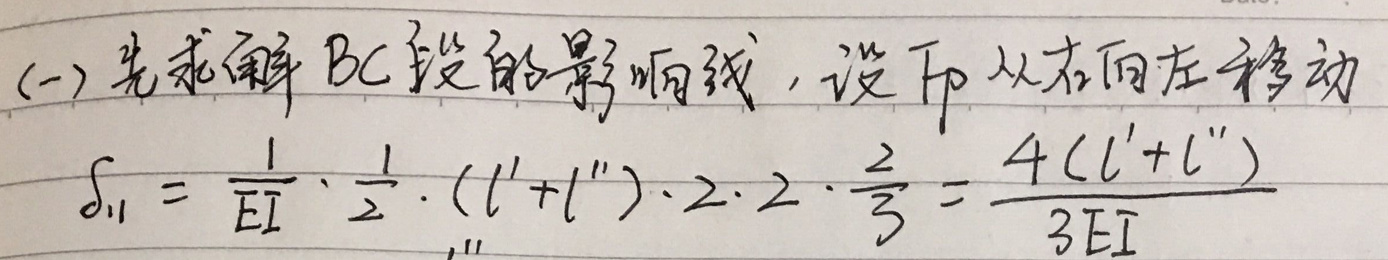
(一) 先求解 $BC$ 段的影响线，设 $P$ 从右向左移动
\[
\delta_{11}=\frac{1}{EI}\cdot\frac{1}{2}\cdot(l'+l'')\cdot2\cdot2\cdot\frac{2}{3}=\frac{4(l'+l'')}{3EI}
\]